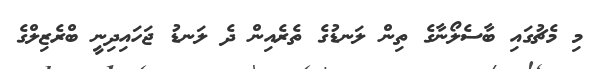
މި މެޗުގައި ބާސެލޯނާގެ ތިން ލަނޑުގެ ތެރެއިން ދެ ލަނޑު ޖަހައިދިނީ ބްރެޒިލްގެ